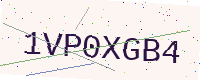
Text: 1VP0XGB4